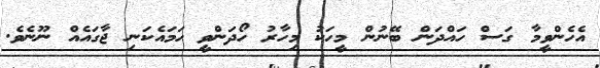
އެހެންވީމާ ގަސް ހައްދަން ބޭނުން މީހަކު މިހާރު ހޯދަންވީ ހަމައެކަނި ޖާގައެއް ނޫނެވެ.